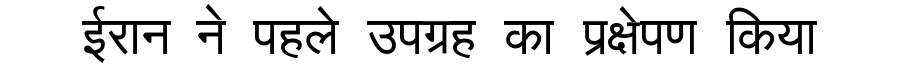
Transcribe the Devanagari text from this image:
ईरान ने पहले उपग्रह का प्रक्षेपण किया